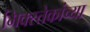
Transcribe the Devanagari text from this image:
मिक्स्तेकांच्या